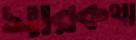
সারকথা